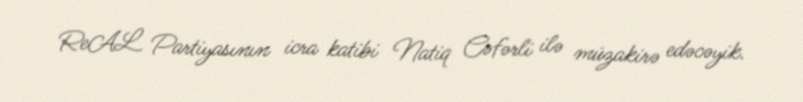
ReAL Partiyasının icra katibi Natiq Cəfərli ilə müzakirə edəcəyik.